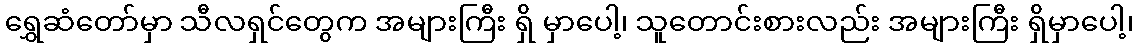
ရွှေဆံတော်မှာ သီလရှင်တွေက အများကြီး ရှိ မှာပေါ့၊ သူတောင်းစားလည်း အများကြီး ရှိမှာပေါ့၊